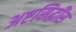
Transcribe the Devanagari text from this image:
अष्टसिद्धींस